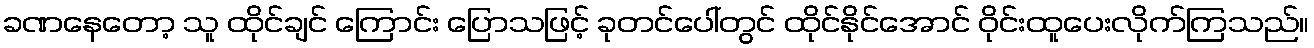
ခဏနေတော့ သူ ထိုင်ချင် ကြောင်း ပြောသဖြင့် ခုတင်ပေါ်တွင် ထိုင်နိုင်အောင် ဝိုင်းထူပေးလိုက်ကြသည်။